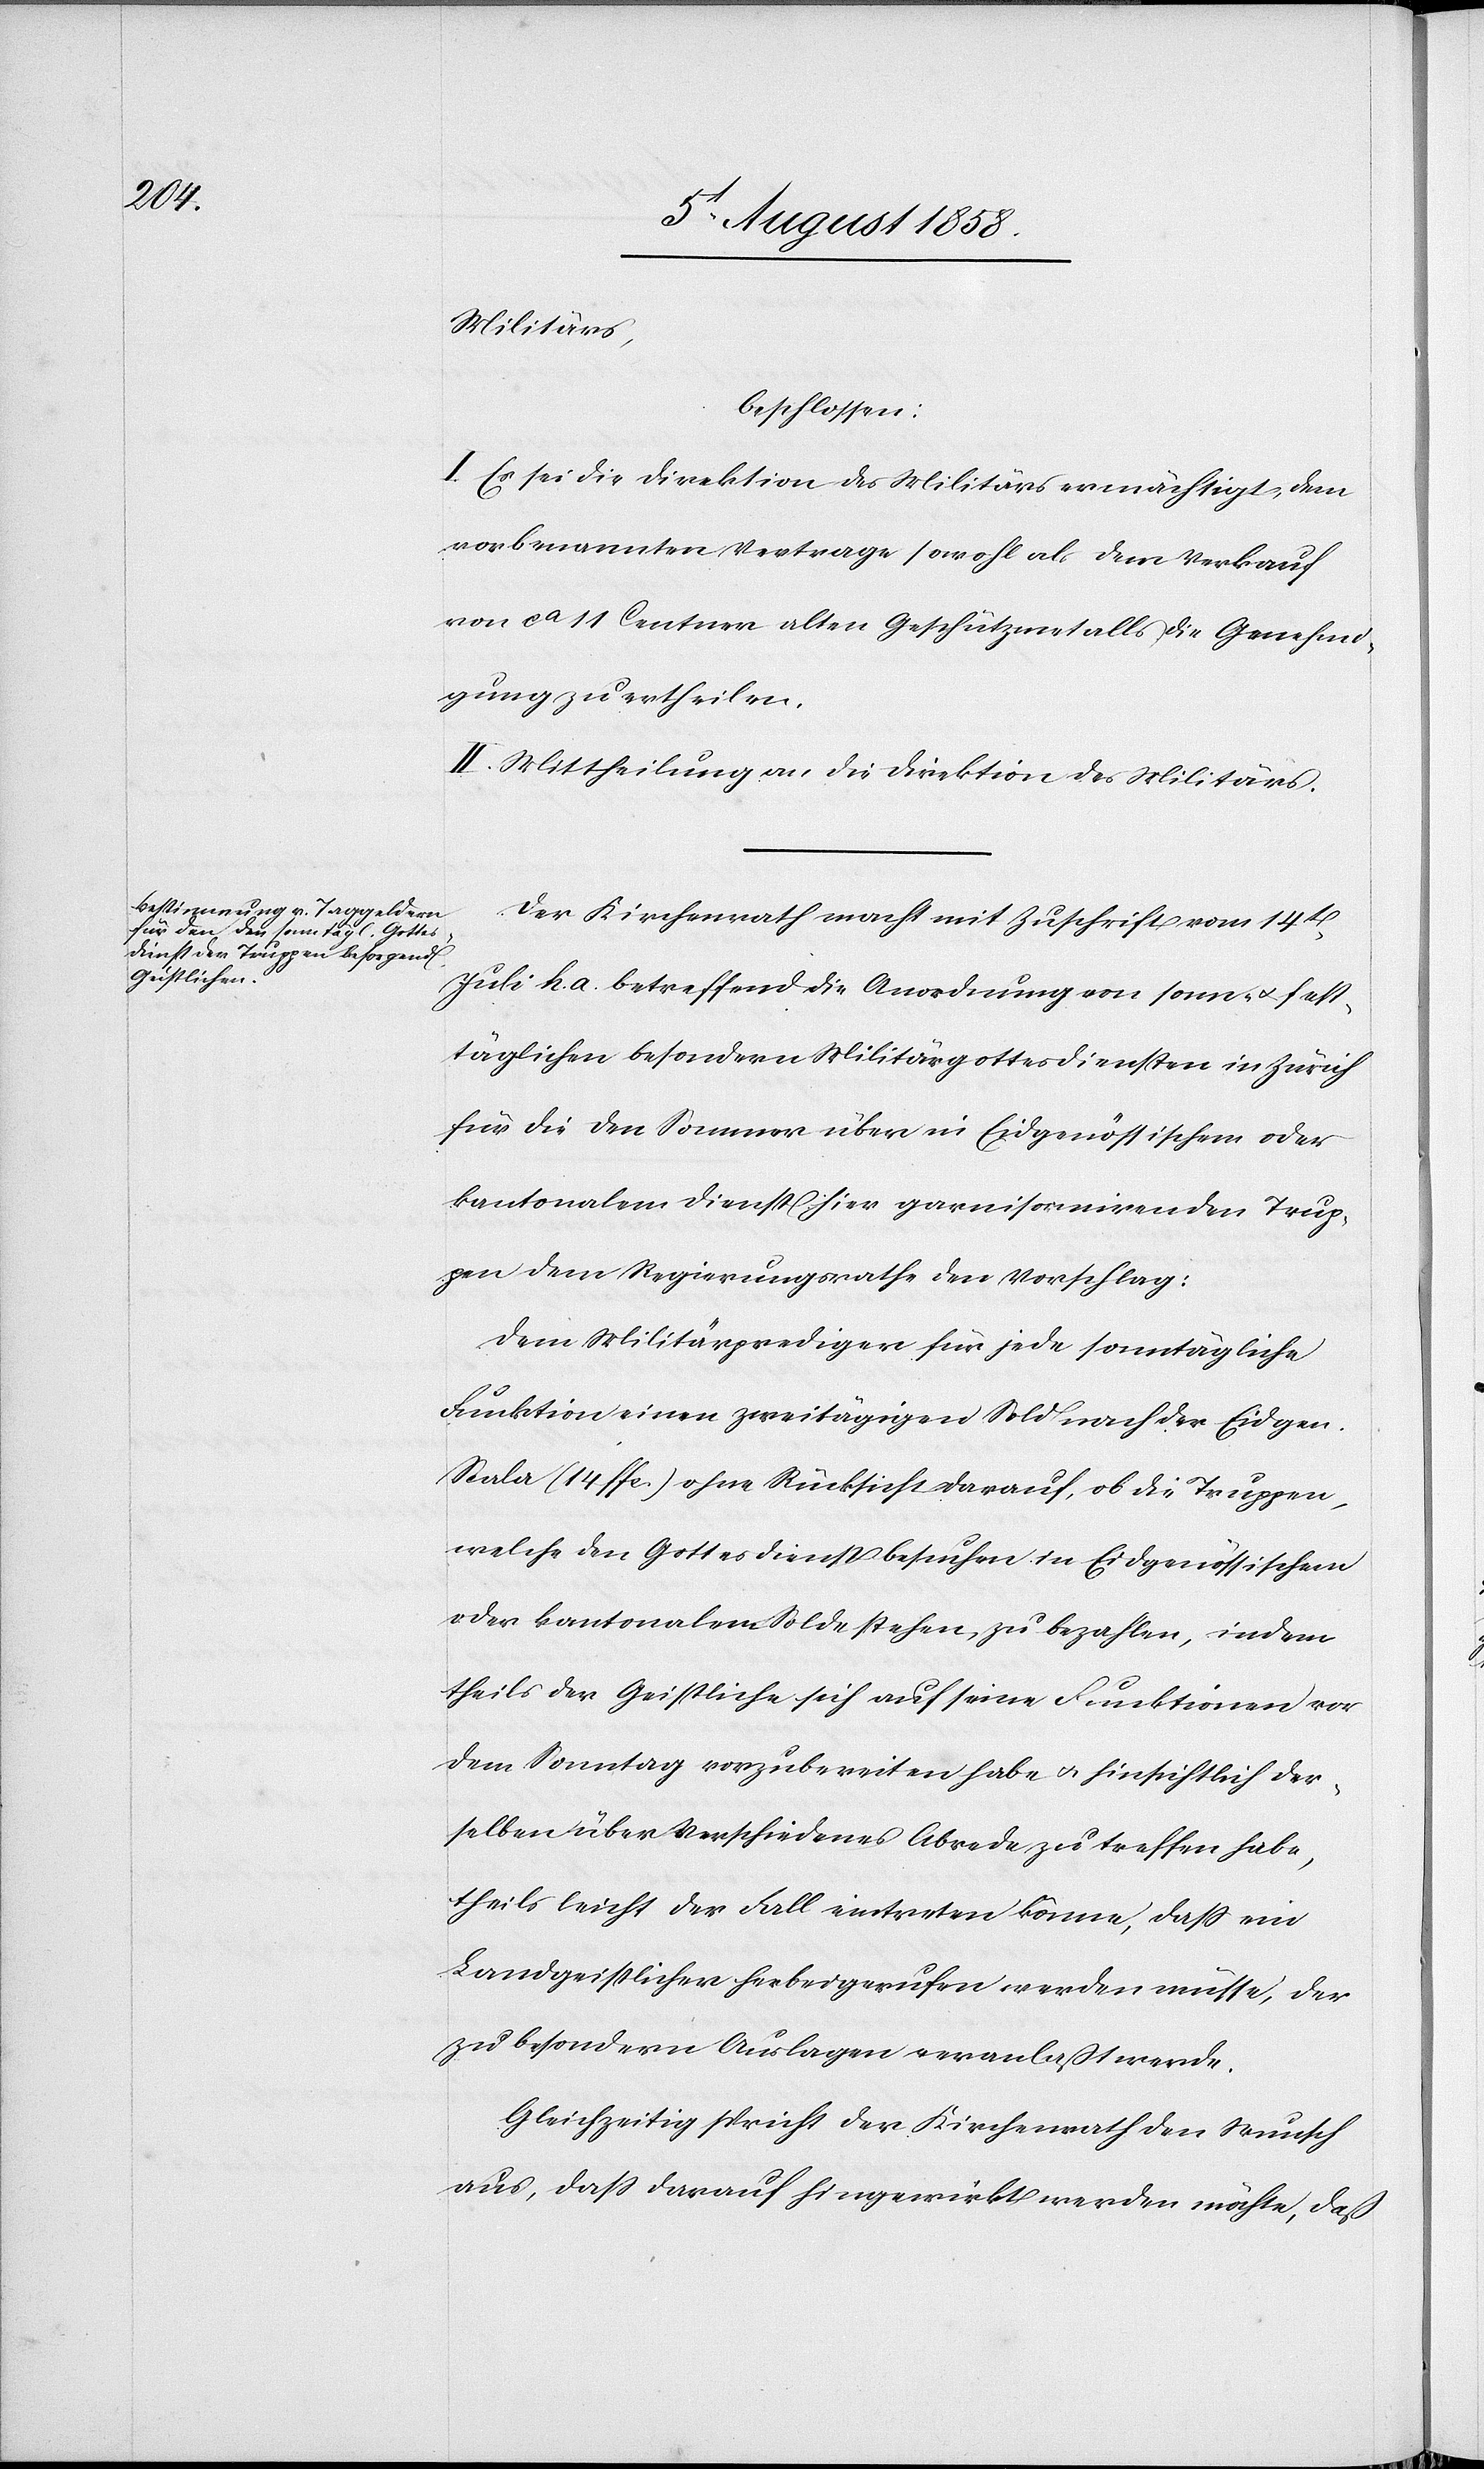
Militärs,
beschlossen:
I. Es sei die Direktion des Militärs ermächtigt, dem
vorbenannten Vertrage sowohl als dem Verkauf
von ca 11 Centner alten Geschützmetalls die Genehmi¬
gung zu ertheilen.
II. Mittheilung an die Direktion des Militärs.
Der Kirchenrath macht mit Zuschrift vom 14t.
Juli h. a. betreffend die Anordnung von sonn- & fest¬
täglichen besondern Militärgottesdiensten in Zürich
für die den Sommer über in Eidgenössischem oder
kantonalem Dienst hier garnisornirenden Trup¬
pen dem Regierungsrathe den Vorschlag:
Dem Militärprediger für jede sonntägliche
Funktion einen zweitägigen Sold nach der Eidgen.
Scala (14 ffc.) ohne Rücksicht darauf, ob die Truppen,
welche den Gottesdienst besuchen in Eidgenössischem
oder kantonalem Solde stehen, zu bezahlen, indem
theils der Geistliche sich auf seine Funktionen vor
dem Sonntag vorzubereiten habe & hinsichtlich der¬
selben über Verschiedenes Abrede zu treffen habe,
theils leicht der Fall eintreten könne, dass ein
Landgeistlicher herbeigerufen werden müsse, der
zu besondern Auslagen veranlaßt werde.
Gleichzeitig spricht der Kirchenrath den Wunsch
aus, dass darauf hingewirkt werden möchte, daß